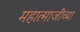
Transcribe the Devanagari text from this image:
महात्माजींच्या